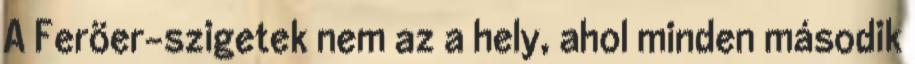
A Feröer-szigetek nem az a hely, ahol minden második